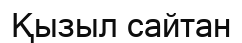
Қызыл сайтан